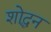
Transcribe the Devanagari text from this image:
शोद्धन